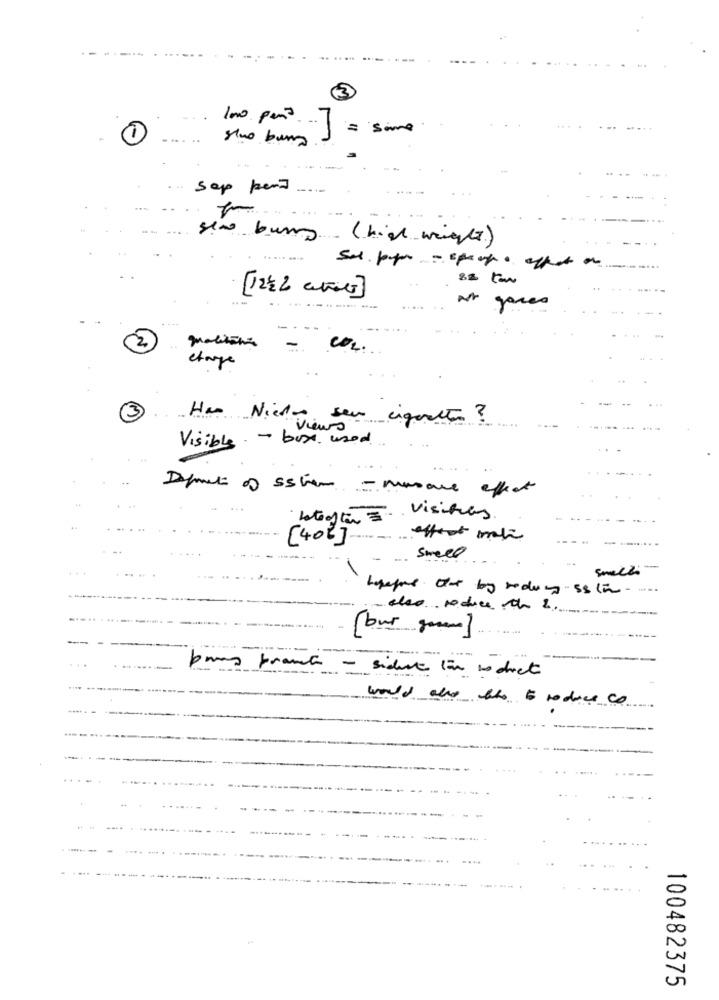
100 pem ....
=
me
......
sep pend
sie burg (high weight)
---
2
-
COL.
charge
(3)
Has Niedo seu ciquette ?
views
Visible - box used
Defects of sstien - musare effect
betegstan = Visitas
[402]- format
-. Street
...
... .
smezi
also reduce te 2.
...
Dans france - sidet tin to diet
would also the to reduce co
100482375